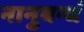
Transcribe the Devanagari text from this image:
नानुबन्धं